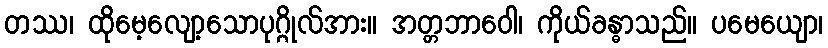
တဿ၊ ထိုမေ့လျော့သောပုဂ္ဂိုလ်အား။ အတ္တဘာဝေါ၊ ကိုယ်ခန္ဓာသည်။ ပမေယျော၊